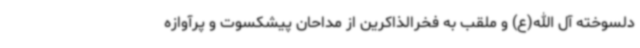
دلسوخته آل الله(ع) و ملقب به فخرالذاکرین از مداحان پیشکسوت و پرآوازه